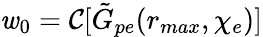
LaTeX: \mathit{w}_{0}=\mathcal{{C}}[\tilde{{G}}_{pe}(r_{max},\chi_{e})]